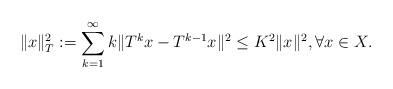
LaTeX: \begin{align*}\|x\|_{T}^{2}:=\sum_{k=1}^{\infty}k\|T^{k}x-T^{k-1}x\|^{2} \leq K^{2} \|x\|^{2},\forall x\in X.\end{align*}